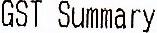
GST SUMMARY